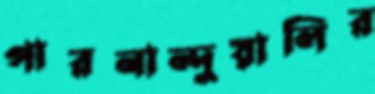
পারনান্দুয়ালির